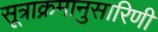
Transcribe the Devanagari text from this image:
सूत्राक्रमानुसारिणी